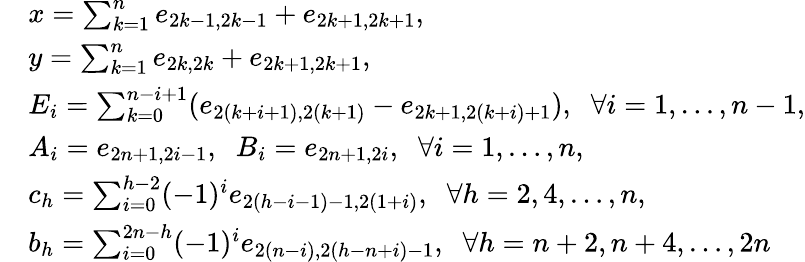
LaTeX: \begin{array}{rl}&{x=\sum_{k=1}^{n}e_{2k-1,2k-1}+e_{2k+1,2k+1},\; \; }\\ &{y=\sum_{k=1}^{n}e_{2k,2k}+e_{2k+1,2k+1},}\\ &{E_{i}=\sum_{k=0}^{n-i+1}(e_{2(k+i+1),2(k+1)}-e_{2k+1,2(k+i)+1}),\; \; \forall i=1,\ldots,n-1,}\\ &{A_{i}=e_{2n+1,2i-1},\; \; B_{i}=e_{2n+1,2i},\; \; \forall i=1,\ldots,n,}\\ &{c_{h}=\sum_{i=0}^{h-2}(-1)^{i}e_{2(h-i-1)-1,2(1+i)},\; \; \forall h=2,4,\ldots,n,}\\ &{b_{h}=\sum_{i=0}^{2n-h}(-1)^{i}e_{2(n-i),2(h-n+i)-1},\; \; \forall h=n+2,n+4,\ldots,2n}\end{array}